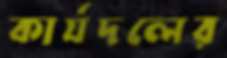
কার্যদলের